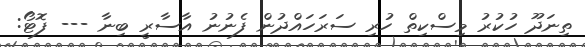
ތިނަދޫ ހުކުރު މިސްކިތް ހުރި ސަރަހައްދުން ފެނުނު އާސާރީ ބިނާ --- ފޮޓޯ: